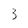
Character: 3